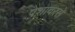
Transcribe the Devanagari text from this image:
पेशावरसे